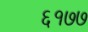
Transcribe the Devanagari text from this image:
६१७७